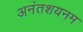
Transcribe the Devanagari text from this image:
अनंतशयनम